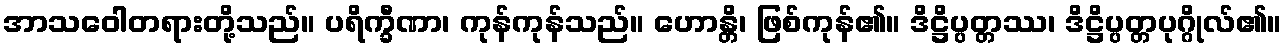
အာသဝေါတရားတို့သည်။ ပရိက္ခီဏာ၊ ကုန်ကုန်သည်။ ဟောန္တိ၊ ဖြစ်ကုန်၏။ ဒိဋ္ဌိပ္ပတ္တဿ၊ ဒိဋ္ဌိပ္ပတ္တပုဂ္ဂိုလ်၏။